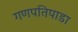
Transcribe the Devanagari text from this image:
गणपतिपाडा